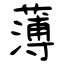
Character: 薄